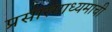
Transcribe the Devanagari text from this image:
प्रसारमाध्यमाची